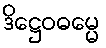
ဒိဋ္ဌေဝဓမ္မေ